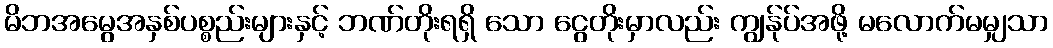
မိဘအမွေအနှစ်ပစ္စည်းများနှင့် ဘဏ်တိုးရရှိ သော ငွေတိုးမှာလည်း ကျွန်ုပ်အဖို့ မလောက်မမျှသာ